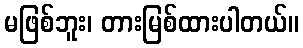
မဖြစ်ဘူး၊ တားမြစ်ထားပါတယ်။